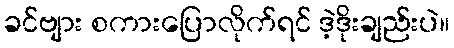
ခင်ဗျား စကားပြောလိုက်ရင် ဒဲ့ဒိုးချည်းပဲ။